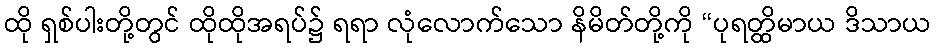
ထို ရှစ်ပါးတို့တွင် ထိုထိုအရပ်၌ ရရာ လုံလောက်သော နိမိတ်တို့ကို “ပုရတ္ထိမာယ ဒိသာယ